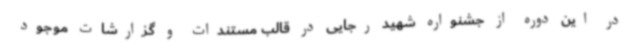
در این دوره از جشنواره شهید رجایی در قالب مستندات و گزارشات موجود